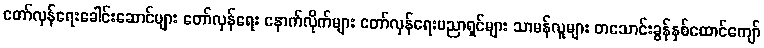
တော်လှန်ရေးခေါင်းဆောင်များ တော်လှန်ရေး နောက်လိုက်များ တော်လှန်ရေးပညာရှင်များ သာမန်လူများ တသောင်းခွန်နှစ်ထောင်ကျော်